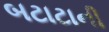
બટાટાની